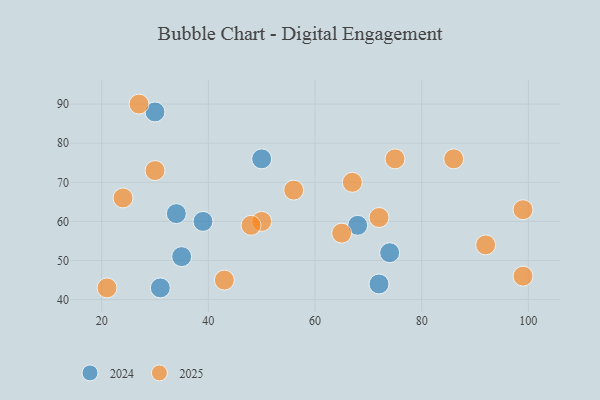
{"axis": {"x": "GDP", "y": "Life Expectancy"}, "legend": ["2024", "2025"], "data": [{"x": "31", "y": 43, "type": "2024"}, {"x": "30", "y": 88, "type": "2024"}, {"x": "50", "y": 76, "type": "2024"}, {"x": "35", "y": 51, "type": "2024"}, {"x": "34", "y": 62, "type": "2024"}, {"x": "72", "y": 44, "type": "2024"}, {"x": "68", "y": 59, "type": "2024"}, {"x": "74", "y": 52, "type": "2024"}, {"x": "39", "y": 60, "type": "2024"}, {"x": "50", "y": 60, "type": "2025"}, {"x": "27", "y": 90, "type": "2025"}, {"x": "99", "y": 63, "type": "2025"}, {"x": "75", "y": 76, "type": "2025"}, {"x": "24", "y": 66, "type": "2025"}, {"x": "86", "y": 76, "type": "2025"}, {"x": "99", "y": 46, "type": "2025"}, {"x": "48", "y": 59, "type": "2025"}, {"x": "65", "y": 57, "type": "2025"}, {"x": "30", "y": 73, "type": "2025"}, {"x": "43", "y": 45, "type": "2025"}, {"x": "21", "y": 43, "type": "2025"}, {"x": "92", "y": 54, "type": "2025"}, {"x": "72", "y": 61, "type": "2025"}, {"x": "67", "y": 70, "type": "2025"}, {"x": "56", "y": 68, "type": "2025"}]}